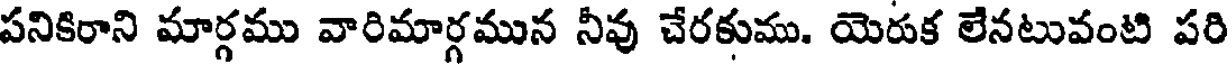
పనికిరాని మార్గము వారిమార్గమున నీవు చేరకుము. యెరుక లేనటువంటి పరి